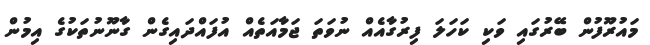
މައުރޫފުން ބޭރުގައި ވަކި ކަހަލަ ފިރުގާއެއް ނުވަތަ ޖަމާއަތެއް އުފައްދައިގެން ގާނޫނުތަކުގެ އިމުން